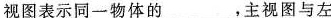
视图表示同一物体的___，主视图与左